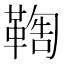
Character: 𩋺